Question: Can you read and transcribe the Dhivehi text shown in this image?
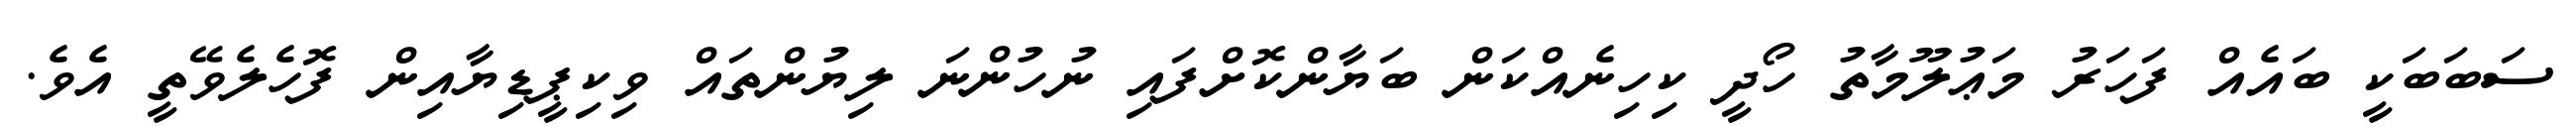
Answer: ސަބަބަކީ ބައެއް ފަހަރު މަޢުލޫމާތު ހޯދީ ކިހިނެއްކަން ބަޔާންކޮށްފައި ނުހުންނަ ލިޔުންތައް ވިކިޕީޑިޔާއިން ފޮހެލެވޭތީ އެވެ.